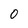
Character: O